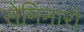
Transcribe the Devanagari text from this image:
सेमिनारो